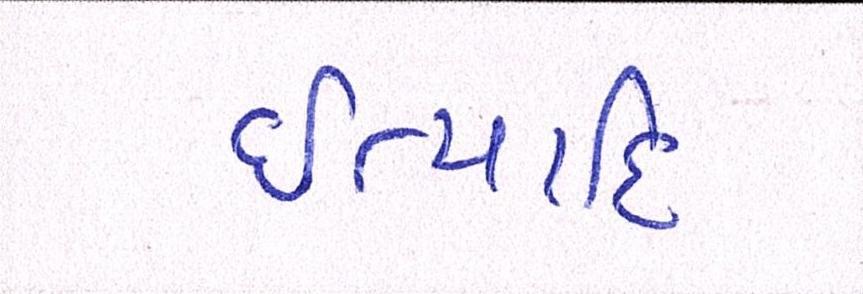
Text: ઈત્યાદિ